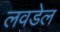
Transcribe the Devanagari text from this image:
लवडेल